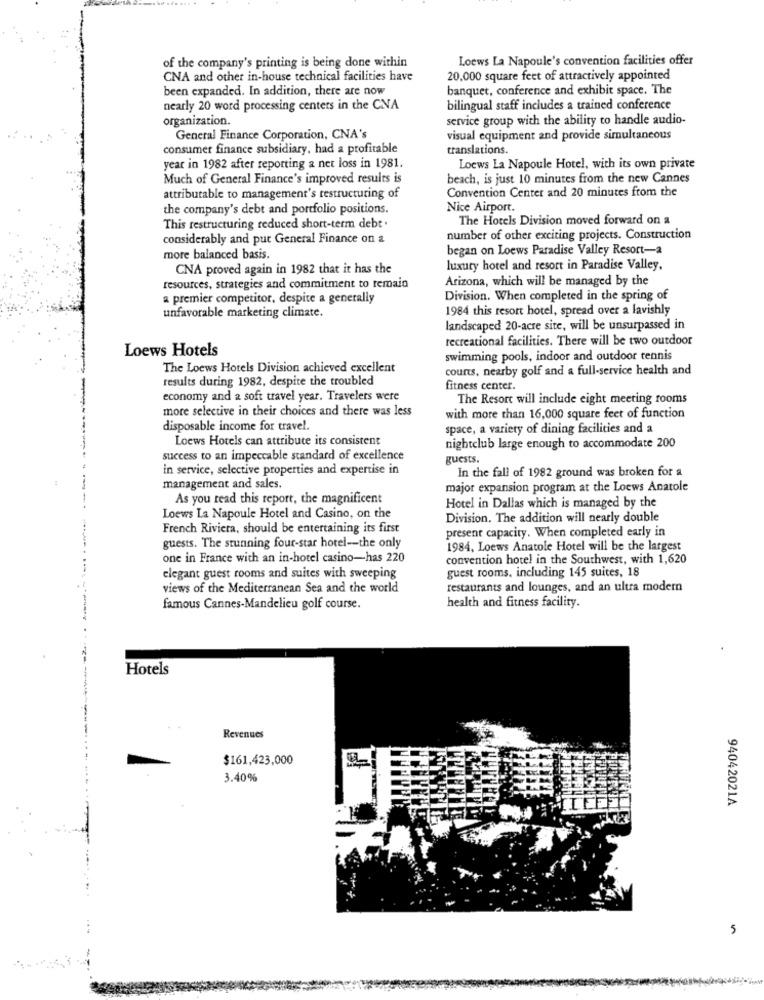
Loews La Napoule's convention facilities offer
of the company's printing is being done within
CNA and other in-house technical facilities have
20,000 square feet of attractively appointed
been expanded. In addition, there are now
banquet, conference and exhibit space. The
nearly 20 word processing centers in the CNA
bilingual staff includes a trained conference
organization.
service group with the ability to handle audio-
General Finance Corporation, CNA's
visual equipment and provide simultaneous
consumer finance subsidiary, had a profitable
translations.
year in 1982 after reporting a net loss in 1981.
Loews La Napoule Hotel, with its own private
Much of General Finance's improved results is
beach, is just 10 minutes from the new Cannes
Convention Center and 20 minutes from the
attributable to management's restructuring of
the company's debt and portfolio positions.
Nice Airport.
The Hotels Division moved forward on a
This restructuring reduced short-term debt .
considerably and put General Finance on a
number of other exciting projects. Construction
began on Loews Paradise Valley Resort-a
more balanced basis.
CNA proved again in 1982 that it has the
luxury hotel and resort in Paradise Valley,
Arizona, which will be managed by the
resources, strategies and commitment to remain
a premier competitor, despite a generally
Division. When completed in the spring of
unfavorable marketing climate.
1984 this resort hotel, spread over a lavishly
landscaped 20-acre site, will be unsurpassed in
recreational facilities. There will be two outdoor
Loews Hotels
swimming pools, indoor and outdoor tennis
The Loews Hotels Division achieved excellent
counts, nearby golf and a full-service health and
results during 1982, despite the troubled
fitness center.
economy and a soft travel year. Travelers were
The Resort will include eight meeting rooms
more selective in their choices and there was less
with more than 16,000 square feet of function
disposable income for travel.
space, a variety of dining facilities and a
Loews Hotels can attribute its consistent
-
nightclub large enough to accommodate 200
success to an impeccable standard of excellence
guests.
---
in service, selective properties and expertise in
In the fall of 1982 ground was broken for a
management and sales.
major expansion program at the Loews Anatole
As you read this report, the magnificent
Hotel in Dallas which is managed by the
Loews La Napoule Hotel and Casino, on the
Division. The addition will nearly double
French Riviera, should be entertaining its first
present capacity. When completed early in
guests. The stunning four-star hotel-the only
1984, Loews Anatole Hotel will be the largest
one in France with an in-hotel casino-has 220
convention hotel in the Southwest, with 1,620
elegant guest rooms and suites with sweeping
guest rooms, including 145 suites, 18
views of the Mediterranean Sea and the world
restaurants and lounges, and an ultra modern
health and fitness facility.
famous Cannes-Mandelieu golf course.
-
Hotels
---
Revenues
$161,423,000
3.40%
94042021A
5